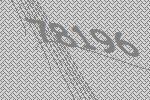
78196